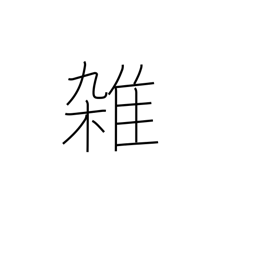
Meaning: miscellaneous